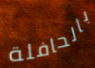
بالحافلة